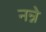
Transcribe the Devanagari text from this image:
नन्ने